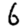
Digit: 6